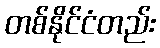
တစ်နိုင်ငံတည်း